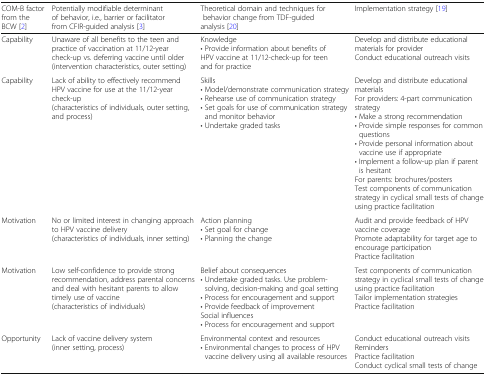
| COM-B factor from the BCW [2] | Potentially modifiable determinant of behavior, i.e., barrier or facilitator from CFIR-guided analysis [3] | Theoretical domain and techniques for behavior change from TDF-guided analysis [20] | Implementation strategy [19] |
 | --- | --- | --- | --- |
 | Capability | Unaware of all benefits to the teen and practice of vaccination at 11/12-year check-up vs. deferring vaccine until older(intervention characteristics, outer setting) | Knowledge• Provide information about benefits of HPV vaccine at 11/12-check-up for teen and for practice | Develop and distribute educational materials for providerConduct educational outreach visits |
 | Capability | Lack of ability to effectively recommend HPV vaccine for use at the 11/12-year check-up(characteristics of individuals, outer setting, and process) | Skills• Model/demonstrate communication strategy• Rehearse use of communication strategy• Set goals for use of communication strategy and monitor behavior• Undertake graded tasks | Develop and distribute educational materialsFor providers: 4-part communication strategy• Make a strong recommendation• Provide simple responses for common questions• Provide personal information about vaccine use if appropriate• Implement a follow-up plan if parent is hesitantFor parents: brochures/postersTest components of communication strategy in cyclical small tests of change using practice facilitation |
 | Motivation | No or limited interest in changing approach to HPV vaccine delivery(characteristics of individuals, inner setting) | Action planning• Set goal for change• Planning the change | Audit and provide feedback of HPV vaccine coveragePromote adaptability for target age to encourage participationPractice facilitation |
 | Motivation | Low self-confidence to provide strong recommendation, address parental concerns and deal with hesitant parents to allow timely use of vaccine(characteristics of individuals) | Belief about consequences• Undertake graded tasks. Use problem-solving, decision-making and goal setting• Process for encouragement and support• Provide feedback of improvementSocial influences• Process for encouragement and support | Test components of communication strategy in cyclical small tests of change using practice facilitationTailor implementation strategiesPractice facilitation |
 | Opportunity | Lack of vaccine delivery system(inner setting, process) | Environmental context and resources• Environmental changes to process of HPV vaccine delivery using all available resources | Conduct educational outreach visitsRemindersPractice facilitationConduct cyclical small tests of change |